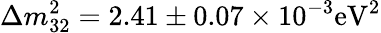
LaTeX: \Delta m_{32}^{2}=2.41\pm 0.07\times 10^{-3}\mathrm{eV}^{2}